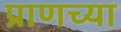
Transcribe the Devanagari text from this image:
प्राणच्या